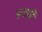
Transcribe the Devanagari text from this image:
हजची